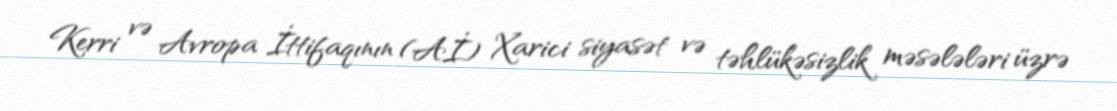
Kerri və Avropa İttifaqının (Aİ) Xarici siyasət və təhlükəsizlik məsələləri üzrə